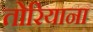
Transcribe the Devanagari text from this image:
तोरियाना